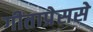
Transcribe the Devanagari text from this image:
गीताप्रेससे